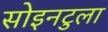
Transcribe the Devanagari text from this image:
सोइनटुला